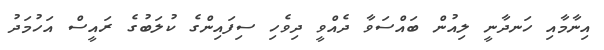
އިނާމާއި ހަނދާނީ ލިއުން ބައްސަވާ ދެއްވީ ދިވެހި ސިފައިންގެ ކުލަބުގެ ރައީސް އަހުމަދު